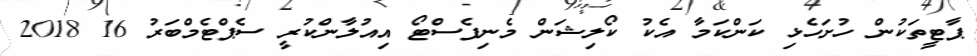
ޕާޓީތަކުން ހުށަހެޅި ކަންކަމާ އެކު ކޯލިޝަން މެނިފެސްޓޯ އިއުލާންކުރީ ސެޕްޓެމްބަރު 16 2018